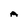
Character: A